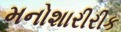
મનોશારીરીક